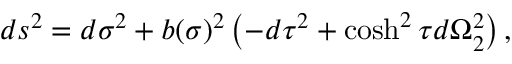
d s ^ { 2 } = d \sigma ^ { 2 } + b ( \sigma ) ^ { 2 } \left( - d \tau ^ { 2 } + \cosh ^ { 2 } \tau d \Omega _ { 2 } ^ { 2 } \right) ,